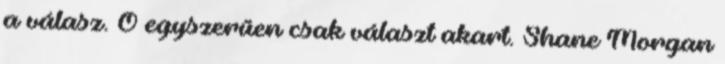
a válasz. Ő egyszerűen csak választ akart. Shane Morgan